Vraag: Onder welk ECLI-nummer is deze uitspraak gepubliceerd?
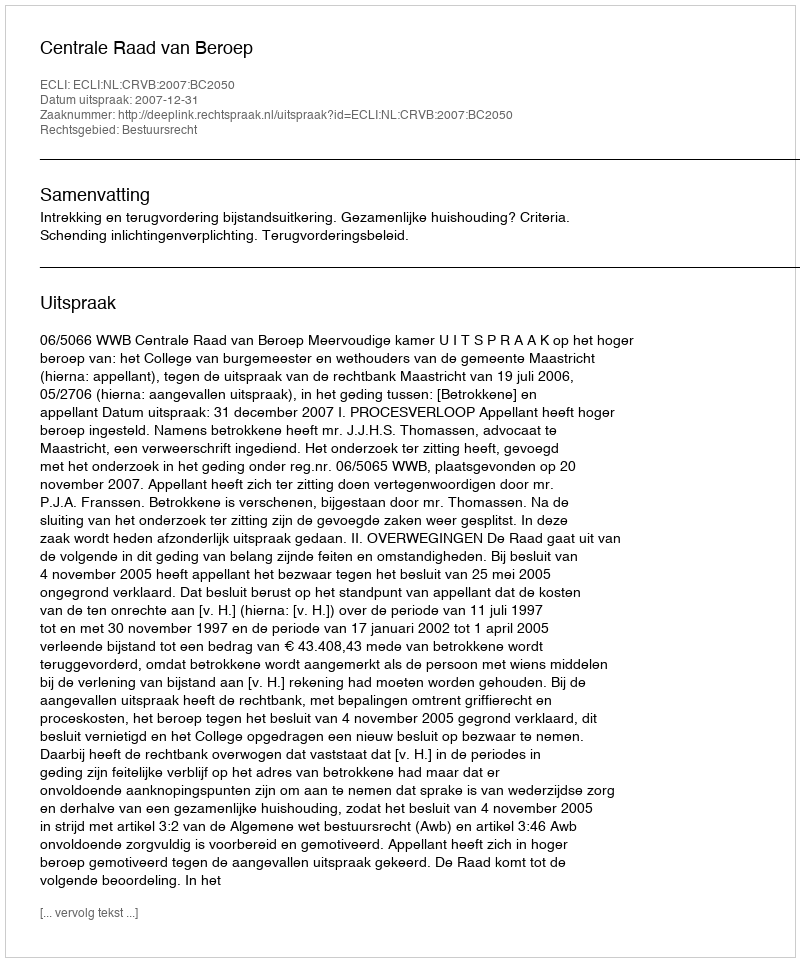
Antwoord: ECLI:NL:CRVB:2007:BC2050